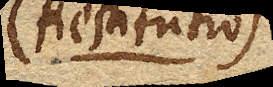
(Restitutio)